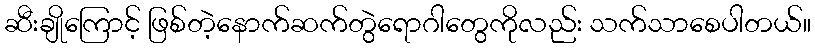
ဆီးချိုကြောင့် ဖြစ်တဲ့နောက်ဆက်တွဲရောဂါတွေကိုလည်း သက်သာစေပါတယ်။